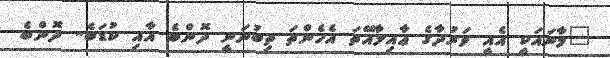
"މާނައަކީ އެއީ ވަރުދާގެ ޢާއިލާއޭތަ އެހެންތަ ތިބުނަނީ ދޮންބެ އާއި ކުޑަބެ.. ދޮންބެ